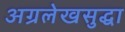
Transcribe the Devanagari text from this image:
अग्रलेखसुद्धा